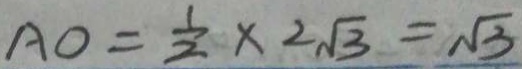
A O = \frac { 1 } { 2 } \times 2 \sqrt { 3 } = \sqrt { 3 }